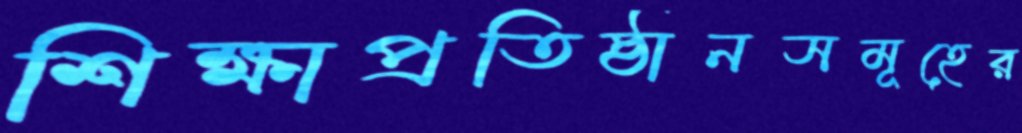
শিক্ষাপ্রতিষ্ঠানসমূহের